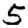
Digit: 5